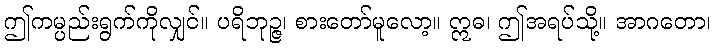
ဤကမ္ပည်းရွက်ကိုလျှင်။ ပရိဘုဉ္ဇ၊ စားတော်မူလော့။ ဣဓ၊ ဤအရပ်သို့။ အာဂတော၊